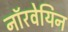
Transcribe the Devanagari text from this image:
नाॅरवेयिन